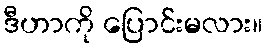
ဒီဟာကို ပြောင်းမလား။